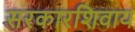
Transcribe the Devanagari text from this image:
सरकारशिवाय